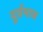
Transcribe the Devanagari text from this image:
दुर्प्रभाव